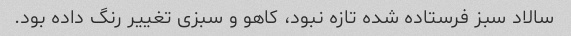
سالاد سبز فرستاده شده تازه نبود، کاهو و سبزى تغییر رنگ داده بود.